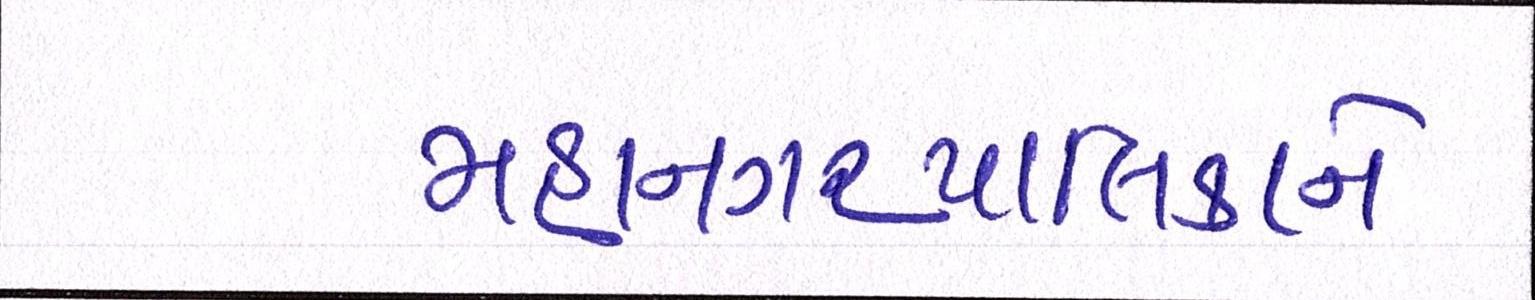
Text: મહાનગરપાલિકાને